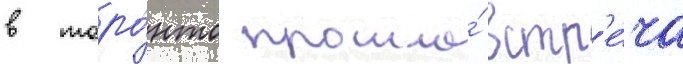
в торо́нто прошла́ встр'е́ча